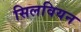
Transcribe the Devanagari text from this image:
सिलवियन